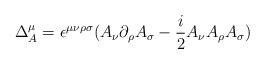
LaTeX: \begin{align*}\Delta^\mu_A=\epsilon^{\mu\nu\rho\sigma}(A_\nu\partial_\rho A_\sigma-{i\over2}A_\nu A_\rho A_\sigma)\end{align*}